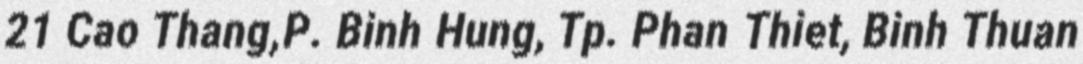
21 Cao Thang,P. Binh Hung, Tp. Phan Thiet, Binh Thuan